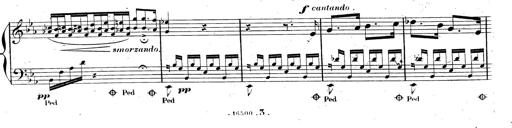
Title: AnnÃ©es de pÃ¨lerinage II, SupplÃ©ment
Composer: Franz Liszt